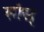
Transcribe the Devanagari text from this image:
सांस्